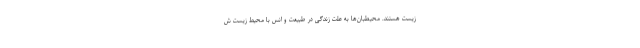
زیست هستند. محیطبان‌ها به علت زندگی در طبیعت و انس با محیط زیست ش